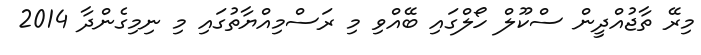
މިރޭ ތާޖުއްދީން ސްކޫލް ހޯލްގައި ބޭއްވި މި ރަސްމިއްޔާތުގައި މި ނިމިގެންދާ 2014